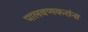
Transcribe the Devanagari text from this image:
पालवणकरांना